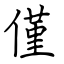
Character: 僅